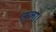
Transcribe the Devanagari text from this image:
जला।